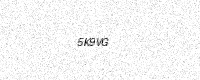
Text: 5K9VG